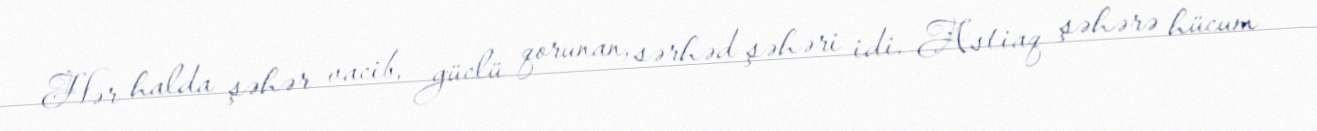
Hər halda şəhər vacib, güclü qorunan, sərhəd şəhəri idi. Astiaq şəhərə hücum